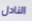
النادل